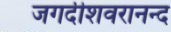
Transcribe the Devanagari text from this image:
जगदीशवरानन्द